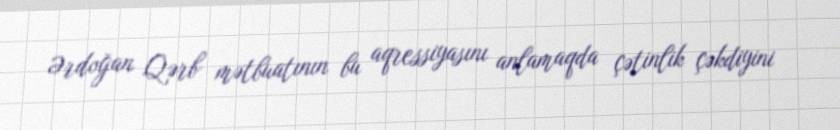
Ərdoğan Qərb mətbuatının bu aqressiyasını anlamaqda çətinlik çəkdiyini